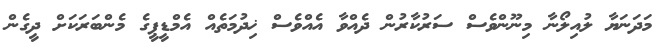
މަދަނަޔާ ލުއިލޯނާ މިނޫންވެސް ސަރުކާރުން ދެއްވާ އެއްވެސް ޚިދުމަތެއް އެމްޑީޕީގެ މެންބަރަކަށް ދީގެން